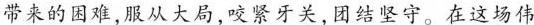
带来的因难，服从大局，咬紧牙关，团结坚守。在这场伟